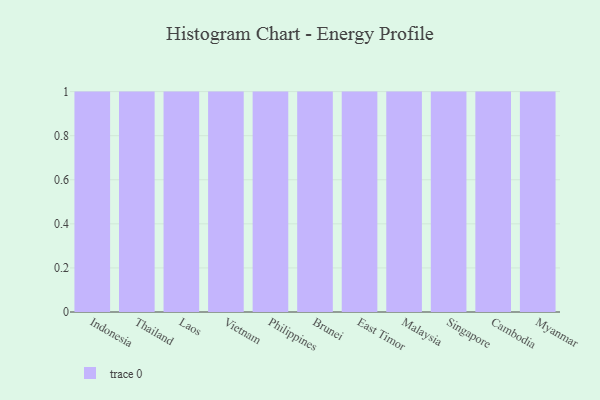
{"axis": {"x": "Country", "y": "Website Visitors"}, "legend": [""], "data": [{"x": "Indonesia", "y": 53, "type": ""}, {"x": "Thailand", "y": 11, "type": ""}, {"x": "Laos", "y": 35, "type": ""}, {"x": "Vietnam", "y": 3, "type": ""}, {"x": "Philippines", "y": 14, "type": ""}, {"x": "Brunei", "y": 7, "type": ""}, {"x": "East Timor", "y": 93, "type": ""}, {"x": "Malaysia", "y": 82, "type": ""}, {"x": "Singapore", "y": 21, "type": ""}, {"x": "Cambodia", "y": 79, "type": ""}, {"x": "Myanmar", "y": 11, "type": ""}]}